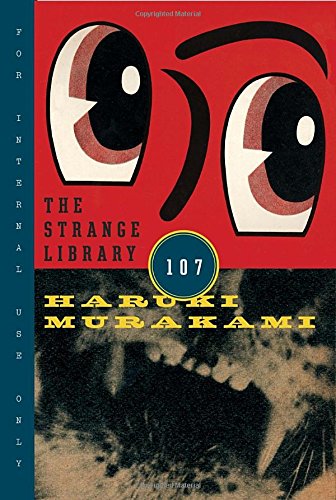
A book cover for The Strange Library; Haruki Murakami; Science Fiction & Fantasy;